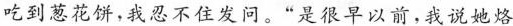
吃到葱花饼，我忍不住发问。“是很早以前，我说她烙